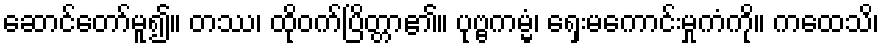
ဆောင်တော်မူ၍။ တဿ၊ ထိုဝက်ပြိတ္တာ၏။ ပုဗ္ဗကမ္မံ၊ ရှေးမကောင်းမှုကံကို။ ကထေသိ၊